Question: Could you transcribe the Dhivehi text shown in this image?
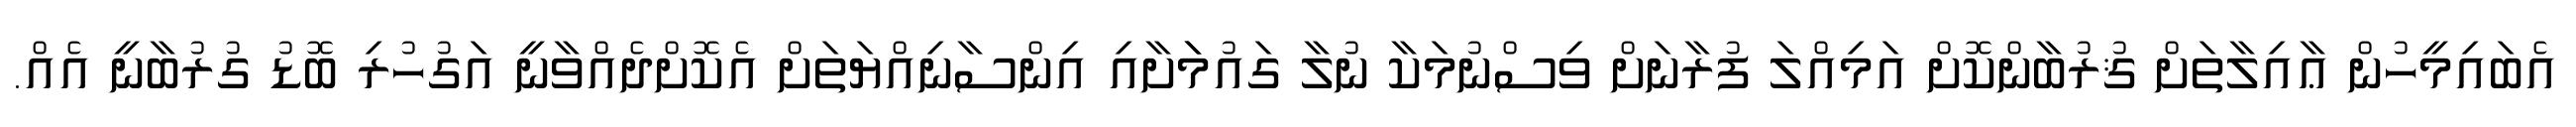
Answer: އެބައިމީހުން ޢާއިލާތަށް ޤުރުބާންކޮށް އަމިއްލަ ފުރާނަށް ވިސްނުމަކާ ނުލާ ގައުމަަށާއި އިންސާނިއްޔަތަށް އެކޮށްދެއްވާނީ އަގުހުރި ބޮޑު ގުރުބާނީ އެއް.